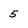
Character: 5